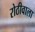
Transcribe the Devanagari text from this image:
रोठीवाला